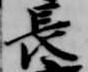
長